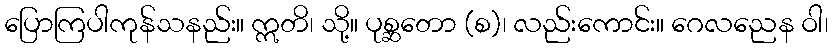
ပြောကြပါကုန်သနည်း။ ဣတိ၊ သို့။ ပုစ္ဆတော (စ)၊ လည်းကောင်း။ ဂေလညေန ဝါ၊